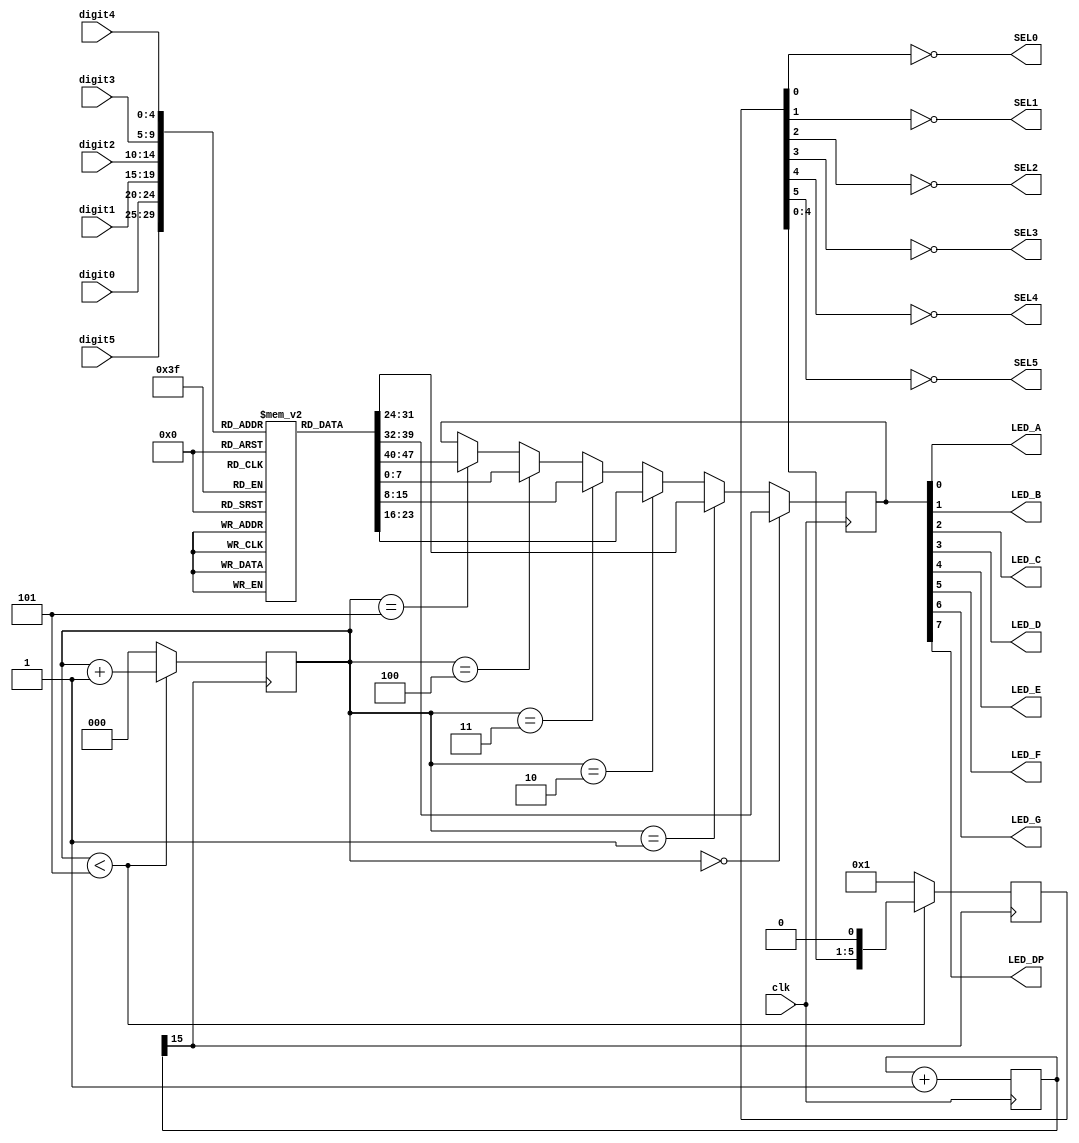
module seven_seg (
	input clk,
	input [4:0] digit0,
	input [4:0] digit1,
	input [4:0] digit2,
	input [4:0] digit3,
	input [4:0] digit4,
	input [4:0] digit5,
	
	output LED_A,
	output LED_B,
	output LED_C,
	output LED_D,
	output LED_E,
	output LED_F,
	output LED_G,
	output LED_DP,
	output SEL0,
	output SEL1,
	output SEL2,
	output SEL3,
	output SEL4,
	output SEL5
	);
	
	reg [2:0] counter;
	reg [31:0] master_counter;
	reg [5:0] select;
	reg [7:0] led;
	reg [7:0] led_data [0:20];
	
	initial begin
		counter <= 3'b0;
		select <= 6'b1;
		led <= 8'b11111111;
		master_counter <= 32'b0;
		
		led_data[0] = 8'b11000000;
		led_data[1] = 8'b11111001;
		led_data[2] = 8'b10100100;
		led_data[3] = 8'b10110000;
		led_data[4] = 8'b10011001;
		led_data[5] = 8'b10010010;
		led_data[6] = 8'b10000010;
		led_data[7] = 8'b11111000;
		led_data[8] = 8'b10000000;
		led_data[9] = 8'b10010000;
		led_data[10] = 8'b01000000;
		led_data[11] = 8'b01111001;
		led_data[12] = 8'b00100100;
		led_data[13] = 8'b00110000;
		led_data[14] = 8'b00011001;
		led_data[15] = 8'b00010010;
		led_data[16] = 8'b00000010;
		led_data[17] = 8'b01111000;
		led_data[18] = 8'b00000000;
		led_data[19] = 8'b00010000;
		led_data[20] = 8'b11111111;
	end
	
	always @ (posedge clk) begin
		master_counter <= master_counter + 1'b1;
	end
	
	always @ (posedge master_counter[15]) begin
		if (counter < 5) begin
			counter <= counter + 1'b1;
			select <= select<<1;
		end
		else begin
			counter <= 3'b0;
			select <= 6'b1;
		end
	end
	
	assign SEL0 = ~select[0];
	assign SEL1 = ~select[1];
	assign SEL2 = ~select[2];
	assign SEL3 = ~select[3];
	assign SEL4 = ~select[4];
	assign SEL5 = ~select[5];
	
	
	always @ (posedge clk) begin
	
		if (counter == 3'd0) begin
			led <= led_data[digit0];
		end
		else if (counter == 3'd1) begin
			led <= led_data[digit1];
		end
		else if (counter == 3'd2) begin
			led <= led_data[digit2];
		end
		else if (counter == 3'd3) begin
			led <= led_data[digit3];
		end
		else if (counter == 3'd4) begin
			led <= led_data[digit4];
		end
		else if (counter == 3'd5) begin
			led <= led_data[digit5];
		end
	end

	
	assign LED_A = led[0];
	assign LED_B = led[1];
	assign LED_C = led[2];
	assign LED_D = led[3];
	assign LED_E = led[4];
	assign LED_F = led[5];
	assign LED_G = led[6];
	assign LED_DP = led[7];
	
endmodule

/*
Description: 6 X Seven segment display driver. Accepts binary numbers 0 to 20 for each of the 6 digits.

		Input 0 to 9: Numbers 0 to 9.
		Input 10 to 19: Numbers 0 to 9 with decimal.
		Input 20: Digit off.

Resources Usage: ~60 LE
*/